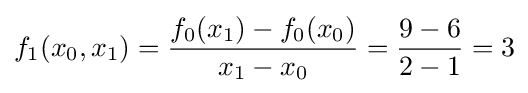
f_{1}(x_{0},x_{1})={\frac {f_{0}(x_{1})-f_{0}(x_{0})}{x_{1}-x_{0}}}={\frac {9-6}{2-1}}=3